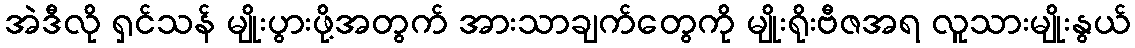
အဲဒီလို ရှင်သန် မျိုးပွားဖို့အတွက် အားသာချက်တွေကို မျိုးရိုးဗီဇအရ လူသားမျိုးနွယ်